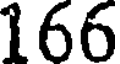
166